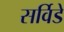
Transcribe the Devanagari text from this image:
सर्विडे